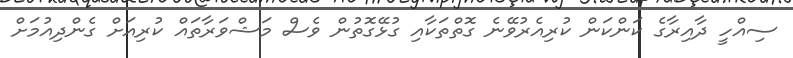
ސިއްހީ ދާއިރާގެ ކަންކަން ކުރިއެރުވޭނެ ގޮތްތަކާއި ގުޅޭގޮތުން ވެސް މަޝްވަރާތައް ކުރިއަށް ގެންދިއުމަށް